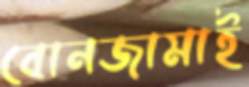
বোনজামাই